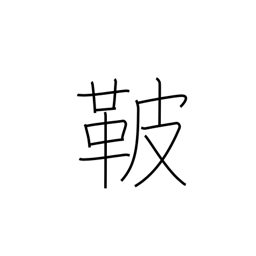
Meaning: saddle cover